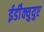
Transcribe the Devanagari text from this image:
ईडी॑क्युयुए